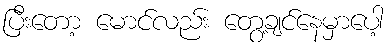
ပြီးတော့ မောင်လည်း တွေ့ချင်နေမှာပေါ့